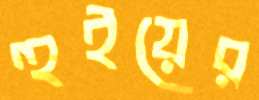
হুইয়ের